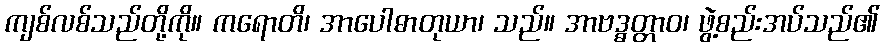
ကျစ်လစ်သည်တို့ကို။ ကရောတိ၊ အာပေါဓာတုယာ၊ သည်။ အာဗဒ္ဓတ္တာဝ၊ ဖွဲ့စည်းအပ်သည်၏